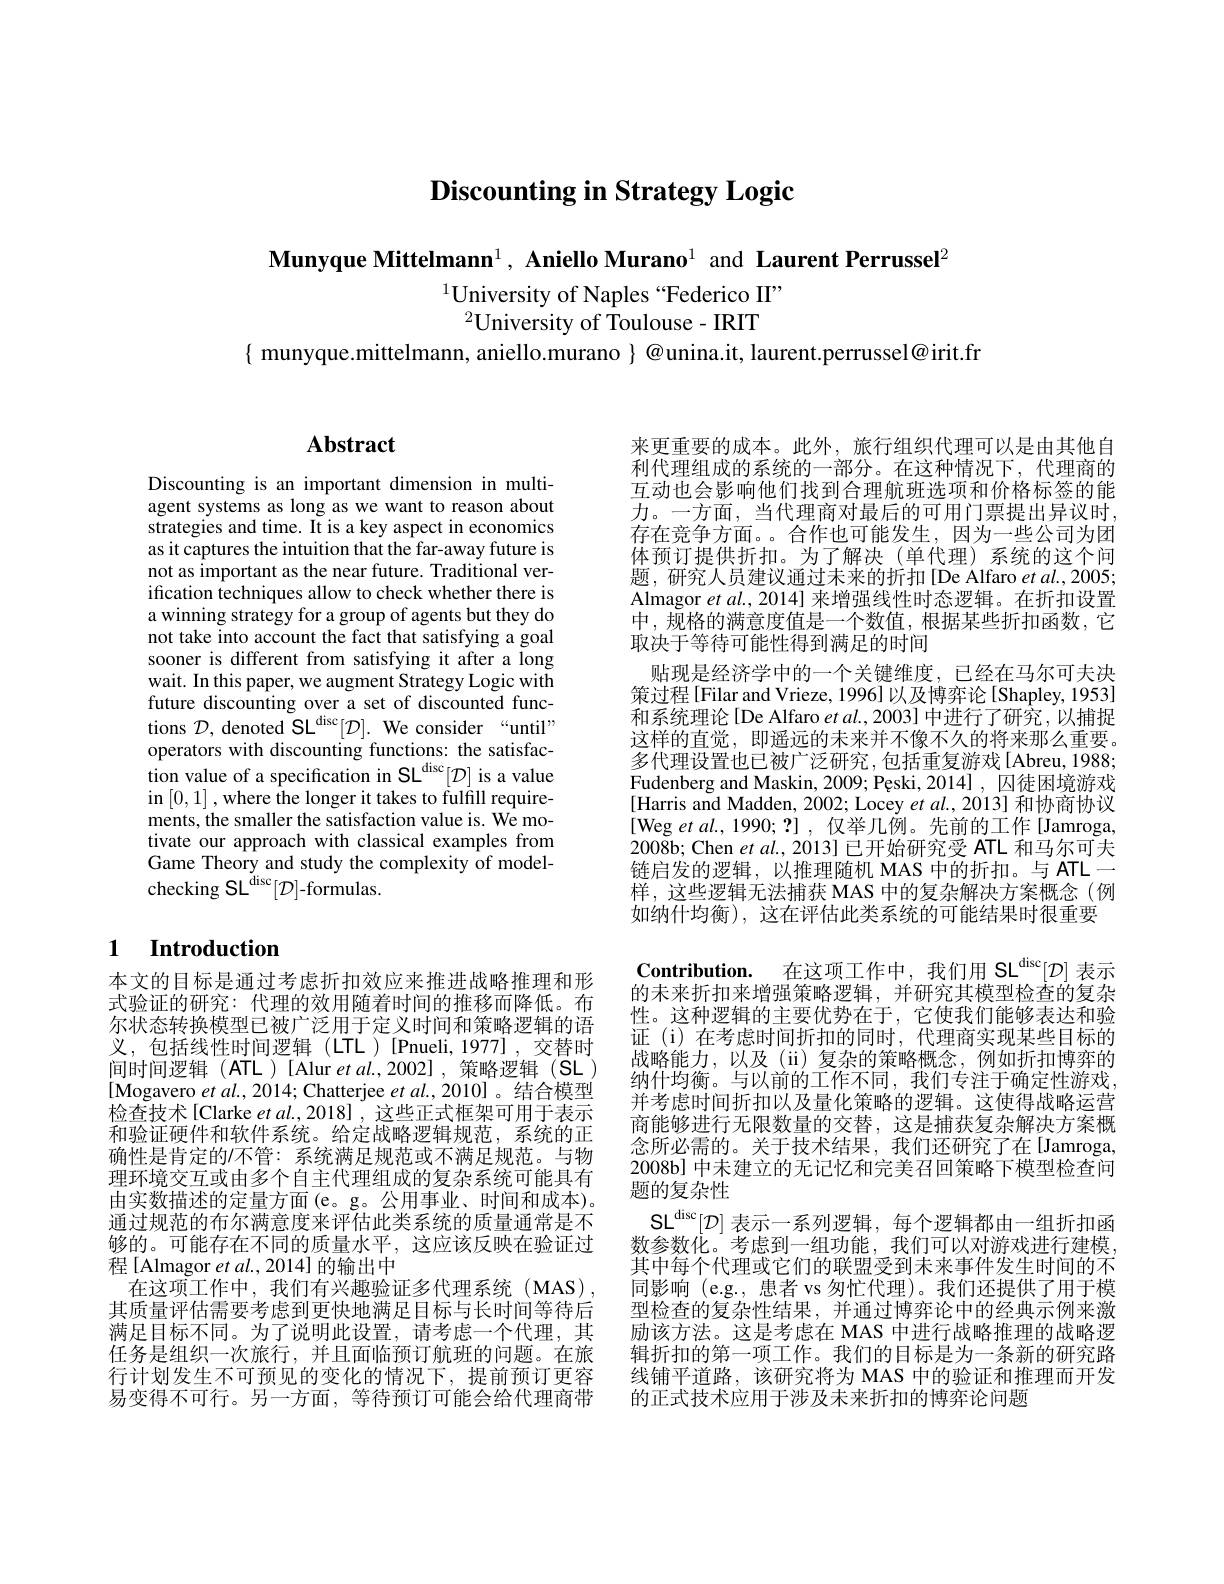
$\textbf{Discounting in Strategy Logic}$

Munyque Mittelmann$^1,\textbf{Aniello Murano}^1$ and Laurent Perrussel$^2$

$^{1}$University of Naples“Federico II”
$^{2}$University of Toulouse- IRIT

$\{$ munyque.mittelmann, aniello.murano $\}@$unina.it, laurent.perrussel@irit.fr

## $\mathbf{Abstract}$

Discounting is an important dimension in multiagent systems as long as we want to reason about strategies and time. It is a key aspect in economics as it captures the intuition that the far-away future is not as important as the near future. Traditional verification techniques allow to check whether there is a winning strategy for a group of agents but they do not take into account the fact that satisfying a goal sooner is different from satisfying it after a long wait. In this paper, we augment Strategy Logic with future discounting over a set of discounted functions $\mathcal{D}$, denoted SL$^\text{disc}[ \mathcal{D} ] .$ We consider“until” operators with discounting functions: the satisfaction value of a specification in SL$^{\mathrm{disc}}[ \mathcal{D} ]$ is a value in [0,1],where the longer it takes to fulfill requirements, the smaller the satisfaction value is. We motivate our approach with classical examples from Game Theory and study the complexity of modelchecking SL$^{\mathrm{disc}}[ \mathcal{D} ]$-formulas.

## 1 Introduction

本文的目标是通过考虑折扣效应来推进战略推理和形式验证的研究：代理的效用随着时间的推移而降低。布尔状态转换模型已被广泛用于定义时间和策略逻辑的语义，包括线性时间逻辑(LTL)[Pnueli,1977],交替时间时间逻辑(ATL)[Alur et al.2002],策略逻辑(SL) [Mogavero $et\textit{al. , 2014; Chatterjee }et\textit{al. , 2010] 。结 合 模 型 }$ 检查技术[Clarke et al., 2018] , 这些正式框架可用于表示和验证硬件和软件系统。给定战略逻辑规范，系统的正确性是肯定的/不管：系统满足规范或不满足规范。与物理环境交互或由多个自主代理组成的复杂系统可能具有由实数描述的定量方面(e。g。公用事业、时间和成本)。通过规范的布尔满意度来评估此类系统的质量通常是不够的。可能存在不同的质量水平，这应该反映在验证过程[Almagor et $al.,2014]$的输出中
在这项工作中，我们有兴趣验证多代理系统(MAS), 其质量评估需要考虑到更快地满足目标与长时间等待后满足目标不同。为了说明此设置，请考虑一个代理，其行计划发生不可预见的变化的情况下，提前预订更容易变得不可行。另一方面，等待预订可能会给代理商带

来更重要的成本。此外，旅行组织代理可以是由其他自利代理组成的系统的一部分。在这种情况下，代理商的互动也会影响他们找到合理航班选项和价格标签的能力。一方面，当代理商对最后的可用门票提出异议时， 存在竞争方面。。合作也可能发生，因为一些公司为团体预订提供折扣。为了解决(单代理)系统的这个问题，研究人员建议通过未来的折扣[De Alfaro et al.,2005; Almagor $etal.,2014]$来增强线性时态逻辑。在折扣设置中，规格的满意度值是一个数值，根据某些折扣函数，它取决于等待可能性得到满足的时间
贴现是经济学中的一个关键维度，已经在马尔可夫决策过程[Filar and Vrieze, 1996] 以及博弈论[Shapley, 1953] 和系统理论[De Alfaro $etal.,2003]$中进行了研究，以捕捉这样的直觉，即遥远的未来并不像不久的将来那么重要。多代理设置也已被广泛研究，包括重复游戏[Abreu,1988; Fudenberg and Maskin, 2009; Pęski, 2014] , 囚徒困境游戏[Harris and Madden, 2002; Locey et al., 2013] 和协商协议[Weg et al., 1990; ?] , 仅举几例。先前的工作[Jamroga, 2008b; Chen $etal.,2013]$已开始研究受 ATL 和马尔可夫链启发的逻辑，以推理随机 MAS 中的折扣。与 ATL一样，这些逻辑无法捕获 MAS 中的复杂解决方案概念(例如纳什均衡),这在评估此类系统的可能结果时很重要Contribution. 在这项工作中，我们用 SL$^{\mathrm{disc}}[ \mathcal{D} ]$表示的未来折扣来增强策略逻辑，并研究其模型检查的复杂性。这种逻辑的主要优势在于，它使我们能够表达和验证(i)在考虑时间折扣的同时，代理商实现某些目标的战略能力，以及(ii)复杂的策略概念，例如折扣博弈的纳什均衡。与以前的工作不同，我们专注于确定性游戏， 并考虑时间折扣以及量化策略的逻辑。这使得战略运营商能够进行无限数量的交替，这是捕获复杂解决方案概念所必需的。关于技术结果，我们还研究了在[Jamroga, 2008b] 中未建立的无记忆和完美召回策略下模型检查问题的复杂性
$\operatorname { SL} ^{\mathrm{disc}}[ \mathcal{D} ]$表示一系列逻辑，每个逻辑都由一组折扣函数参数化。考虑到一组功能，我们可以对游戏进行建模， 其中每个代理或它们的联盟受到未来事件发生时间的不同影响 (e.g., 患者 vs 匆忙代理)。我们还提供了用于模型检查的复杂性结果，并通过博弈论中的经典示例来激励该方法。这是考虑在 MAS 中进行战略推理的战略逻
任务是组织一次旅行，并且面临预订航班的问题。在旅 辑折扣的第一项工作。我们的目标是为一条新的研究路
线铺平道路，该研究将为 MAS 中的验证和推理而开发
的正式技术应用于涉及未来折扣的博弈论问题